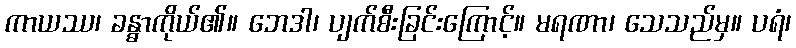
ကာယဿ၊ ခန္ဓာကိုယ်၏။ ဘေဒါ၊ ပျက်စီးခြင်းကြောင့်။ မရဏာ၊ သေသည်မှ။ ပရံ၊